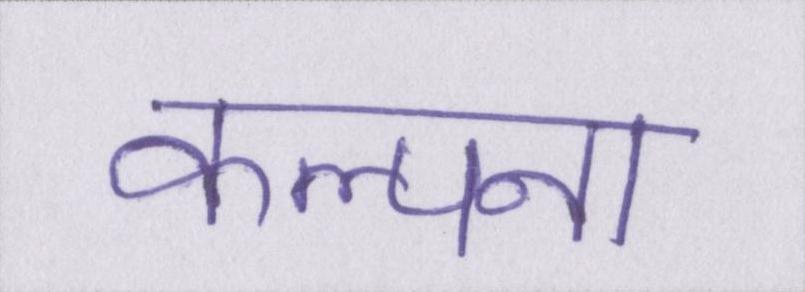
कल्पना